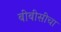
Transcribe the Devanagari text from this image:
बीबीसीचा